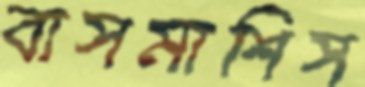
বাসমাশিস